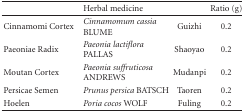
<table><thead><tr><td></td><td><b>Herbal medicine</b></td><td></td><td><b>Ratio (g)</b></td></tr></thead><tbody><tr><td>Cinnamomi Cortex</td><td><i>Cinnamomum cassia</i> BLUME</td><td>Guizhi</td><td>0.2</td></tr><tr><td>Paeoniae Radix</td><td><i>Paeonia lactiflora</i> PALLAS</td><td>Shaoyao</td><td>0.2</td></tr><tr><td>Moutan Cortex</td><td><i>Paeonia suffruticosa</i> ANDREWS</td><td>Mudanpi</td><td>0.2</td></tr><tr><td>Persicae Semen</td><td><i>Prunus persica</i> BATSCH</td><td>Taoren</td><td>0.2</td></tr><tr><td>Hoelen</td><td><i>Poria cocos</i> WOLF</td><td>Fuling</td><td>0.2</td></tr></tbody></table>